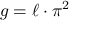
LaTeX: g = { \ell \cdot \pi ^ { 2 } }